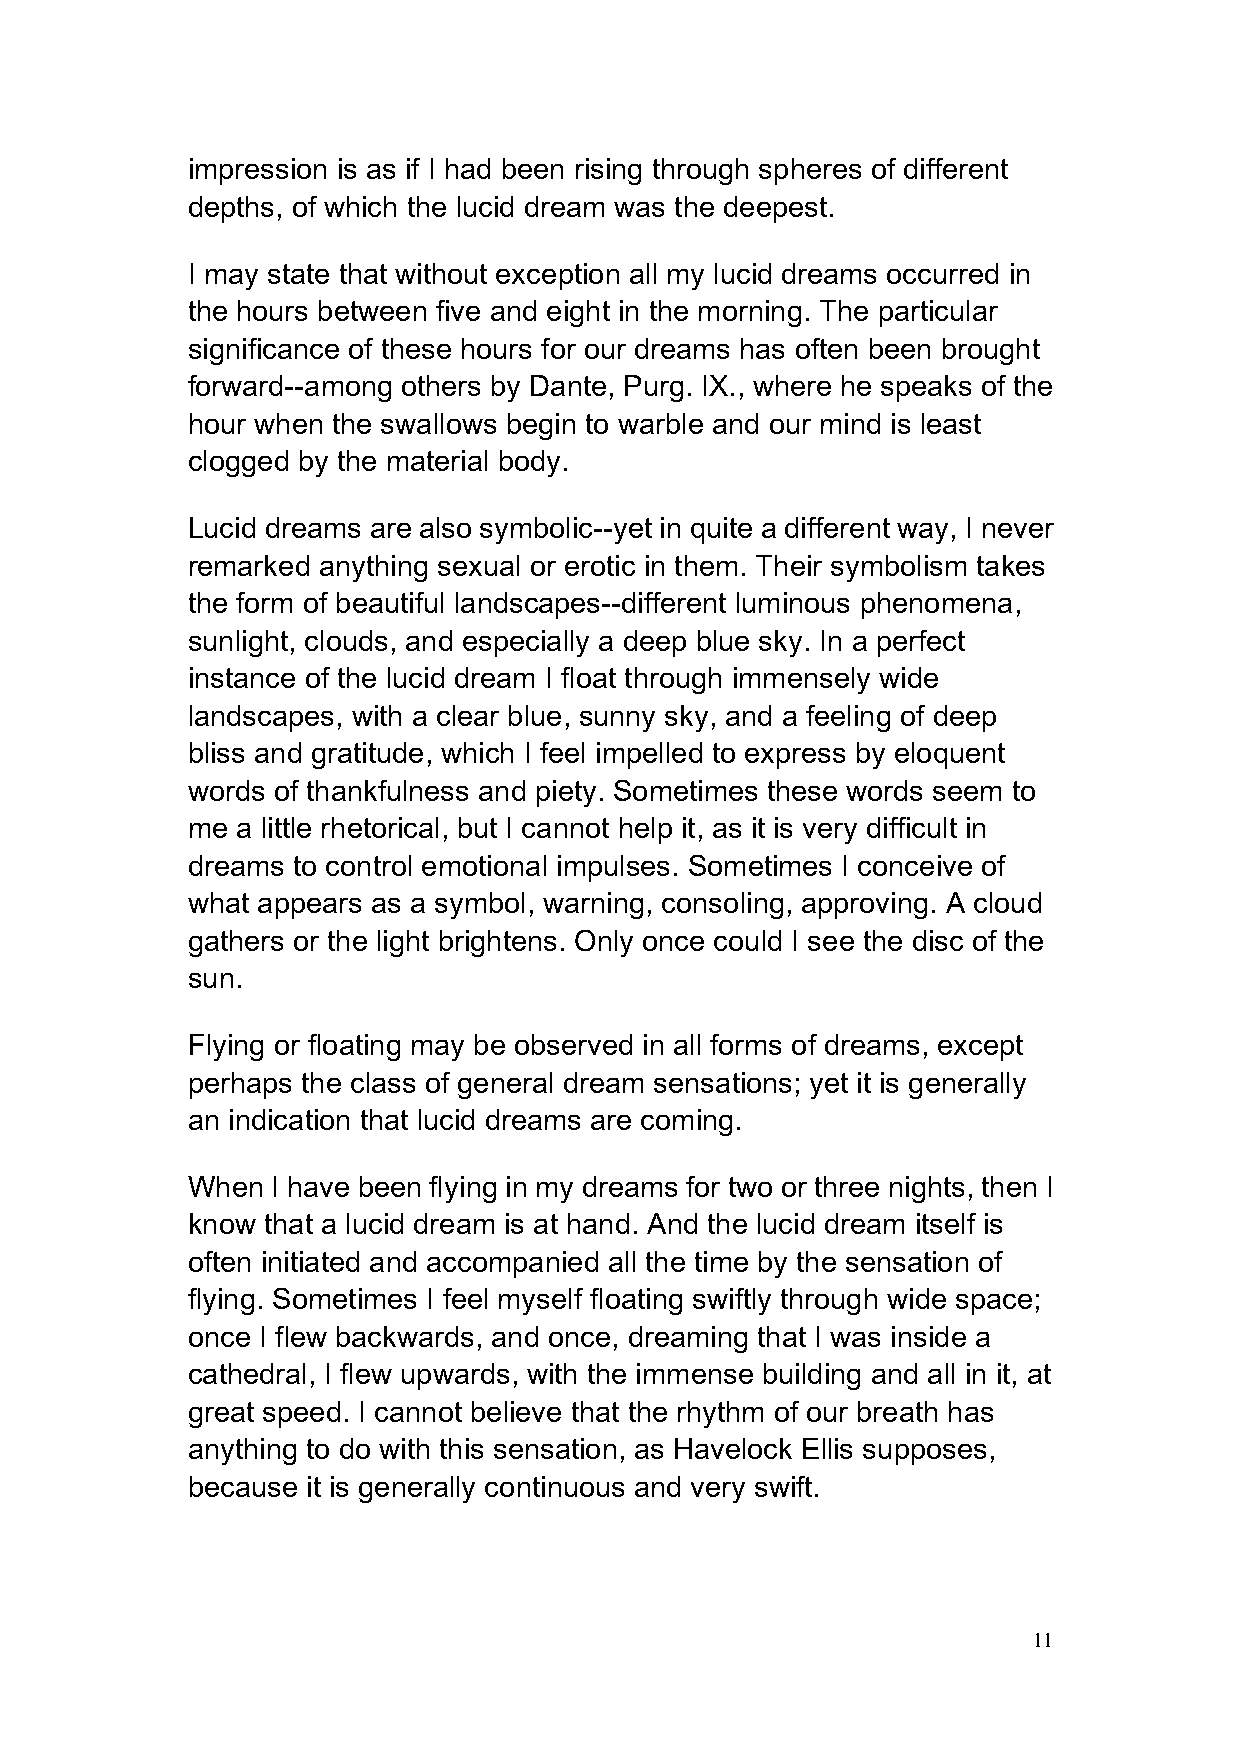
impression is as if I had been rising through spheres of different
 depths, of which the lucid dream was the deepest.
 I may state that without exception all my lucid dreams occurred in
 the hours between five and eight in the morning. The particular
 significance of these hours for our dreams has often been brought
 forward--among others by Dante, Purg. IX., where he speaks of the
 hour when the swallows begin to warble and our mind is least
 clogged by the material body.
 Lucid dreams are also symbolic--yet in quite a different way, I never
 remarked anything sexual or erotic in them. Their symbolism takes
 the form of beautiful landscapes--different luminous phenomena,
 sunlight, clouds, and especially a deep blue sky. In a perfect
 instance of the lucid dream I float through immensely wide
 landscapes, with a clear blue, sunny sky, and a feeling of deep
 bliss and gratitude, which I feel impelled to express by eloquent
 words of thankfulness and piety. Sometimes these words seem to
 me  a little rhetorical, but I cannot help it, as it is very difficult in
 dreams to control emotional impulses. Sometimes I conceive of
 what appears as a symbol, warning, consoling, approving. A cloud
 gathers or the light brightens. Only once could I see the disc of the
 sun.
 Flying or floating may be observed in all forms of dreams, except
 perhaps the class of general dream sensations; yet it is generally
 an indication that lucid dreams are coming.
 When  I have been flying in my dreams for two or three nights, then I
 know that a lucid dream is at hand. And the lucid dream itself is
 often initiated and accompanied all the time by the sensation of
 flying. Sometimes I feel myself floating swiftly through wide space;
 once I flew backwards, and once, dreaming that I was inside a
 cathedral, I flew upwards, with the immense building and all in it, at
 great speed. I cannot believe that the rhythm of our breath has
 anything to do with this sensation, as Havelock Ellis supposes,
 because it is generally continuous and very swift.
 11